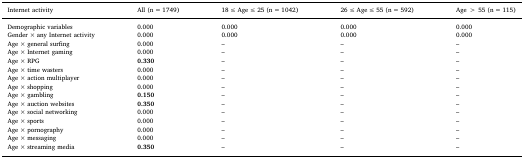
<table><thead><tr><td><b>Internet activity</b></td><td><b>All (n = 1749)</b></td><td><b>18 ≤ Age ≤ 25 (n = 1042)</b></td><td><b>26 ≤ Age ≤ 55 (n = 592)</b></td><td><b>Age &gt; 55 (n = 115)</b></td></tr></thead><tbody><tr><td>Demographic variables</td><td>0.000</td><td>0.000</td><td>0.000</td><td>0.000</td></tr><tr><td>Gender × any Internet activity</td><td>0.000</td><td>0.000</td><td>0.000</td><td>0.000</td></tr><tr><td>Age × general surfing</td><td>0.000</td><td>–</td><td>–</td><td>–</td></tr><tr><td>Age × Internet gaming</td><td>0.000</td><td>–</td><td>–</td><td>–</td></tr><tr><td>Age × RPG</td><td><b>0.330</b></td><td>–</td><td>–</td><td>–</td></tr><tr><td>Age × time wasters</td><td>0.000</td><td>–</td><td>–</td><td>–</td></tr><tr><td>Age × action multiplayer</td><td>0.000</td><td>–</td><td>–</td><td>–</td></tr><tr><td>Age × shopping</td><td>0.000</td><td>–</td><td>–</td><td>–</td></tr><tr><td>Age × gambling</td><td><b>0.150</b></td><td>–</td><td>–</td><td>–</td></tr><tr><td>Age × auction websites</td><td><b>0.350</b></td><td>–</td><td>–</td><td>–</td></tr><tr><td>Age × social networking</td><td>0.000</td><td>–</td><td>–</td><td>–</td></tr><tr><td>Age × sports</td><td>0.000</td><td>–</td><td>–</td><td>–</td></tr><tr><td>Age × pornography</td><td>0.000</td><td>–</td><td>–</td><td>–</td></tr><tr><td>Age × messaging</td><td>0.000</td><td>–</td><td>–</td><td>–</td></tr><tr><td>Age × streaming media</td><td><b>0.350</b></td><td>–</td><td>–</td><td>–</td></tr></tbody></table>